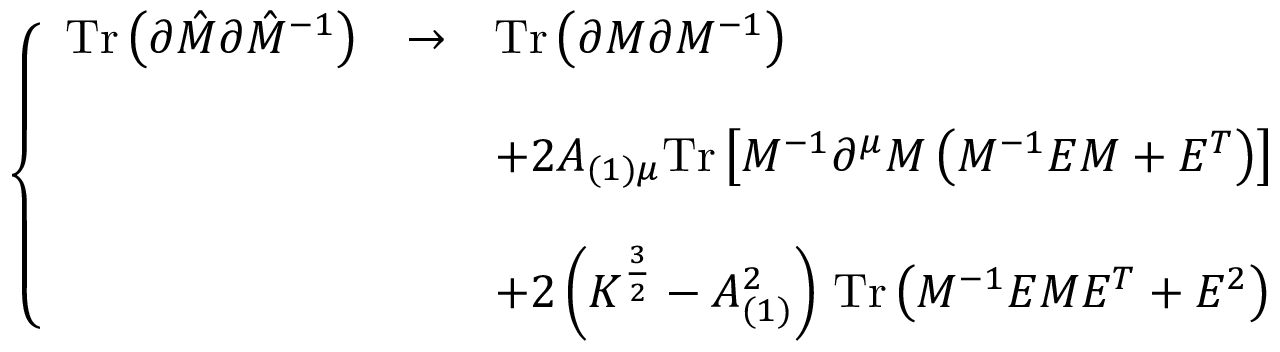
\left\{ \begin{array} { r c l } { { \mathrm { T r } \left( \partial \hat { \cal M } \partial \hat { \cal M } ^ { - 1 } \right) } } & { { \rightarrow } } & { { \mathrm { T r } \left( \partial { \cal M } \partial { \cal M } ^ { - 1 } \right) } } \\ { { } } & { { } } & { { } } \\ { { } } & { { } } & { { + 2 A _ { ( 1 ) \mu } \mathrm { T r } \left[ { \cal M } ^ { - 1 } \partial ^ { \mu } { \cal M } \left( { \cal M } ^ { - 1 } { \cal E } { \cal M } + { \cal E } ^ { T } \right) \right] } } \\ { { } } & { { } } & { { } } \\ { { } } & { { } } & { { + 2 \left( K ^ { \frac { 3 } { 2 } } - A _ { ( 1 ) } ^ { 2 } \right) \, \mathrm { T r } \left( { \cal M } ^ { - 1 } { \cal E } { \cal M } { \cal E } ^ { T } + { \cal E } ^ { 2 } \right) } } \end{array} \right.